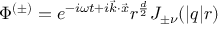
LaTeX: \Phi ^ { ( \pm ) } = e ^ { - i \omega t + i \vec { k } \cdot \vec { x } } r ^ { \frac { d } { 2 } } J _ { \pm \nu } ( | q | r )